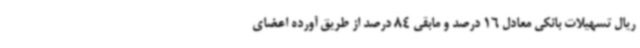
ریال تسهیلات بانکی معادل 16 درصد و مابقی 84 درصد از طریق آورده اعضای